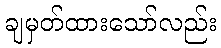
ချမှတ်ထားသော်လည်း